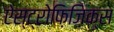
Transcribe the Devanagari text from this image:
ऐस्ट्रोफ़िज़िक्स